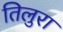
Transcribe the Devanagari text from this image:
तिलुरा